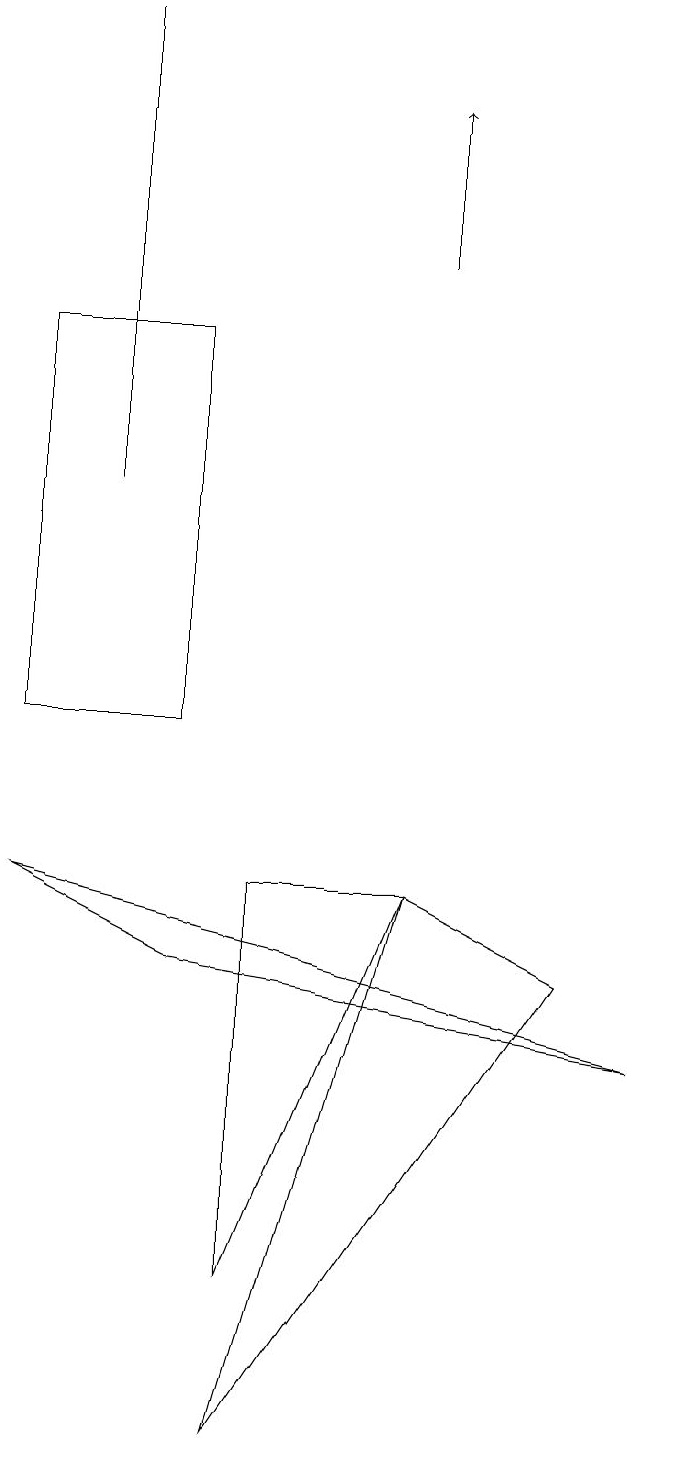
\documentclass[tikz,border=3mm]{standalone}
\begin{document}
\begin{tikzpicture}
\draw (3,15) rectangle (1,10);
\draw (2,13) rectangle (2,19);
\draw[->] (6,16) -- (6,18);
\draw (4,1) -- (6,8) -- (8,7) -- cycle;
\draw (1,8) -- (9,6) -- (3,7) -- cycle;
\draw (4,8) -- (6,8) -- (4,3) -- cycle;
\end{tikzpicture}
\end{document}